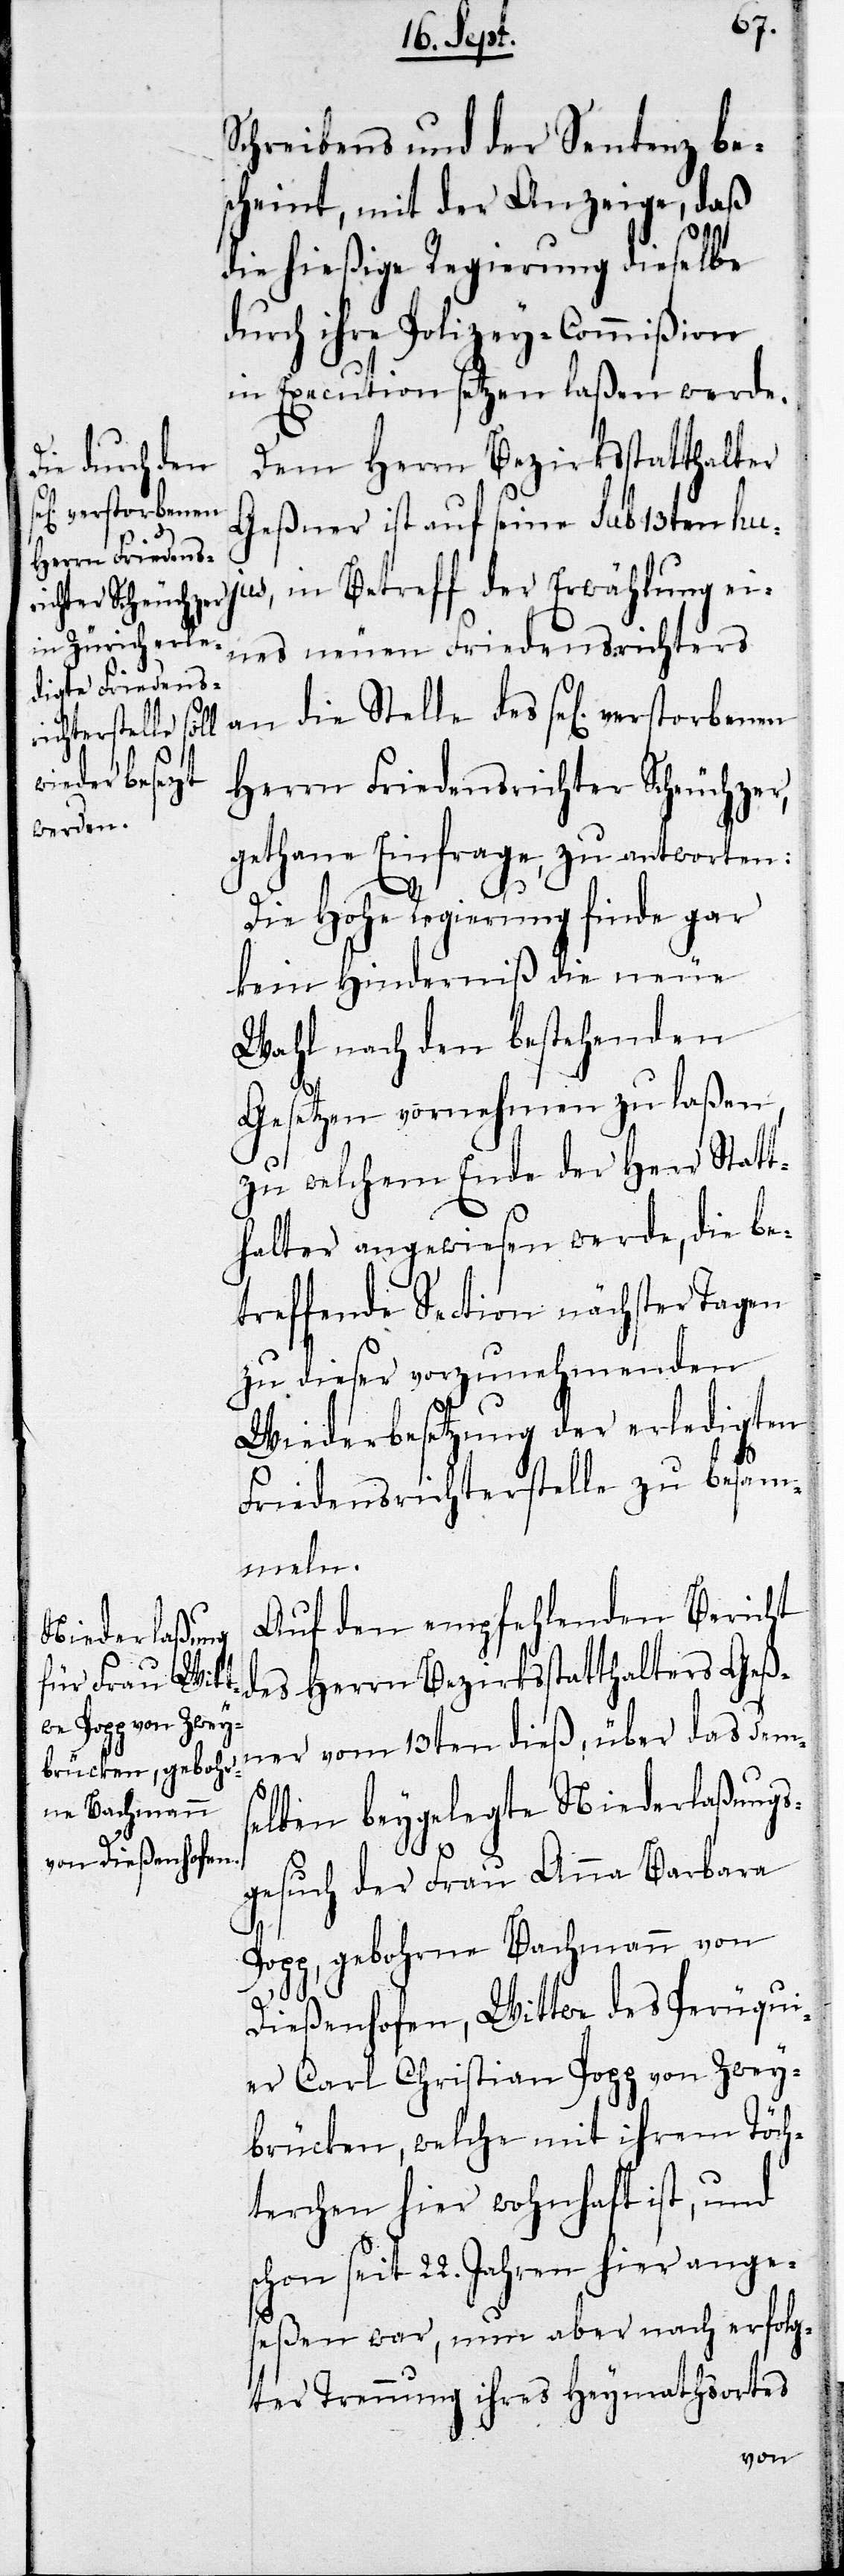
Schreibens und der Sentenz be¬
scheint, mit der Anzeige, daß
die hießige Regierung dieselbe
durch ihre Polizey-Commißion
in Execution setzen laßen werde.
Dem Herrn Bezirksstatthalter
Geßner ist auf seine sub 13ten hu¬
jus, in Betreff der Erwählung ei¬
nes neuen Friedensrichters
an die Stelle des sel. verstorbenen
Herrn Friedensrichter Scheuchzer,
gethane Einfrage zu antworten:
Die Hohe Regierung finde gar
kein Hindernis die neue
Wahl nach den bestehenden
Gesetzen vornehmen zu laßen,
zu welchem Ende der Herr Statt¬
halter angewiesen werde, die be¬
treffende Section nächster Tagen
zu dieser vorzunehmenden
Wiederbesetzung der erledigten
Friedensrichterstelle zu besam¬
meln.
Auf den empfehlenden Bericht
des Herrn Bezirksstatthalters Geß¬
ner vom 13ten dieß, über das dems¬
elben beygelegte Niederlaßungs¬
gesuch der Frau Anna Barbara
Popp, gebohrne Bachmann von
Dießenhofen, Wittwe des Peruqui¬
er Carl Christian Popp von Zwey¬
brücken, welche mit ihrem Töch¬
terchen hier wohnhaft ist, und
schon seit 22. Jahren hier ange¬
seßen war, nun aber nach erfolg¬
ter Trennung ihres Heymathsortes